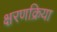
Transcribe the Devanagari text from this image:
क्षरणक्रिया